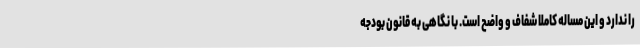
را ندارد و این مساله کاملا شفاف و واضح است. با نگاهی به قانون بودجه